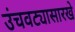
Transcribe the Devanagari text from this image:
उंचवट्यासारखे